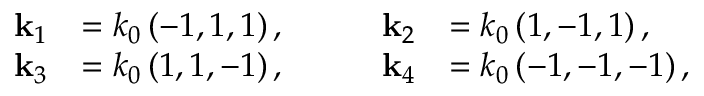
\begin{array} { r l } { \mathbf { k } _ { 1 } } & { = k _ { 0 } \left( - 1 , 1 , 1 \right) , } \\ { \mathbf { k } _ { 3 } } & { = k _ { 0 } \left( 1 , 1 , - 1 \right) , } \end{array} \qquad \begin{array} { r l } { \mathbf { k } _ { 2 } } & { = k _ { 0 } \left( 1 , - 1 , 1 \right) , } \\ { \mathbf { k } _ { 4 } } & { = k _ { 0 } \left( - 1 , - 1 , - 1 \right) , } \end{array}